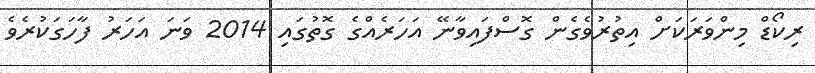
ރިކޯޑް މިންވަރަކަށް އިތުރުވެގެން ގޮސްފައިވާނޭ އަހަރެއްގެ ގޮތުގައި 2014 ވަނަ އަހަރު ފާހަގަކުރެވެ